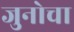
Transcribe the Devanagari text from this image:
जुनोचा